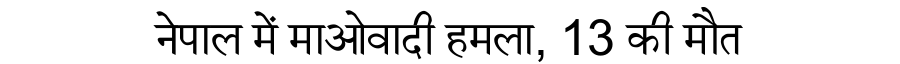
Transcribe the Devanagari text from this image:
नेपाल में माओवादी हमला, 13 की मौत